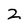
Character: 2